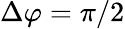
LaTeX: \Delta\varphi=\pi/2